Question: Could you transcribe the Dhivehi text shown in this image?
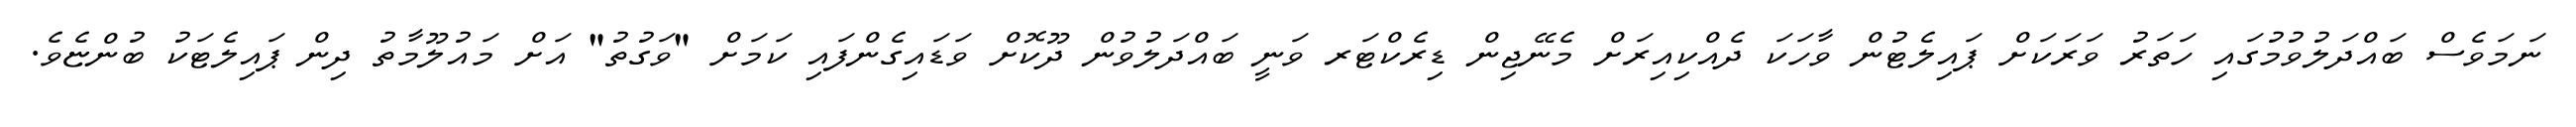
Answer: ނަމަވެސް ބައްދަލުވުމުގައި ހަތަރު ވަރަކަށް ޕައިލެޓުން ވާހަކަ ދެއްކިއިރަށް މެނޭޖިން ޑިރެކްޓަރ ވަނީ ބައްދަލުވުން ދޫކޮށް ވަޑައިގެންފައި ކަމަށް "ވަގުތު" އަށް މައުލޫމާތު ދިން ޕައިލެޓަކު ބުންޏެވެ.